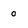
Character: 0